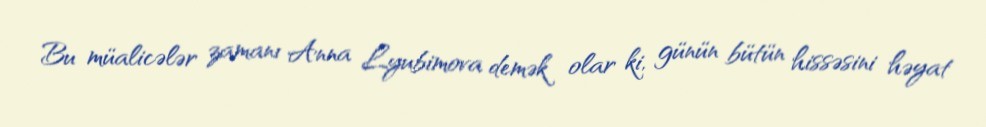
Bu müalicələr zamanı Anna Lyubimova demək olar ki, günün bütün hissəsini həyat